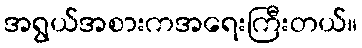
အရွယ်အစားကအရေးကြီးတယ်။